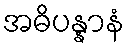
အဓိပန္နာနံ